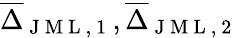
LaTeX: \overline{{\Delta}}_{\mathrm{~J~M~L~,~1~}},\overline{{\Delta}}_{\mathrm{~J~M~L~,~2~}}